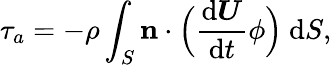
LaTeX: \tau_{a}=-\rho\int_{S}\boldsymbol{\mathrm{n}}\cdot\Bigl(\frac{\mathrm{d}\boldsymbol{U}}{\mathrm{d}t}\phi\Bigl)~\mathrm{d}S,